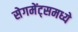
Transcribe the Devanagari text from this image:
सेगमेंट्समध्ये